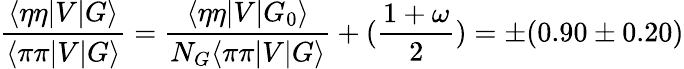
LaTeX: \frac{\langle\eta\eta|V|G\rangle}{\langle\pi\pi|V|G\rangle}=\frac{\langle\eta\eta|V|G_{0}\rangle}{N_{G}\langle\pi\pi|V|G\rangle}+(\frac{1+\omega}{2})=\pm(0.90\pm 0.20)